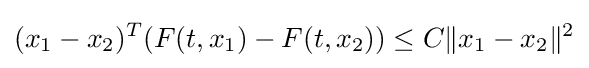
(x_{1}-x_{2})^{T}(F(t,x_{1})-F(t,x_{2}))\leq C\Vert x_{1}-x_{2}\Vert ^{2}